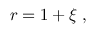
r = 1 + \xi \; ,